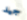
جيد